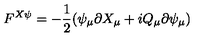
F ^ { X \psi } = - \frac { 1 } { 2 } ( \psi _ { \mu } \partial X _ { \mu } + i Q _ { \mu } \partial \psi _ { \mu } )